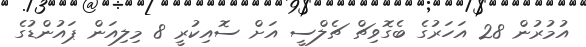
އުމުރުން 28 އަހަރުގެ ބެގޮވިޗް ޗެލްސީ އަށް ސޮއިކުރީ 8 މިލިއަން ޕައުންޑުގެ